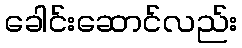
ခေါင်းဆောင်လည်း